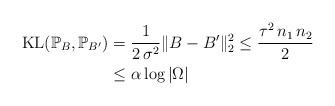
LaTeX: \begin{align*} \mathrm{KL}(\mathbb{P}_{B},\mathbb{P}_{B'})&=\dfrac{1}{2\,\sigma^{2}}\| B-B'\|^{2}_{2}\leq \dfrac{\tau^{2}\,n_1\,n_2}{2}\\&\leq \alpha \log\left \vert\Omega\right \vert \end{align*}